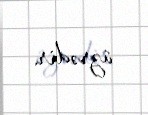
üzrədir.